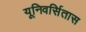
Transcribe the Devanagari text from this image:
यूनिवर्सितास